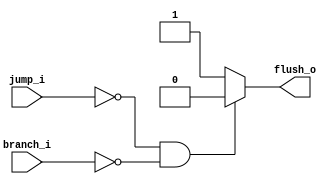
module Flush
(
	jump_i,
	branch_i,
	flush_o
);

input	jump_i, branch_i;
output	flush_o;

reg flush;

assign flush_o = flush;



always @ (*)
begin
	if ((jump_i == 1'b0) & (branch_i == 1'b0))
		flush = 1'b0;
	else
		flush = 1'b1;
end

endmodule